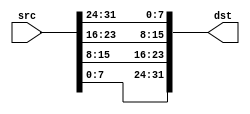
module swap_endian #(
  parameter UNIT_WIDTH = 8,
  parameter UNIT_COUNT = 4
  ) (
    input wire [(UNIT_WIDTH*UNIT_COUNT)-1:0] src,
    output reg [(UNIT_WIDTH*UNIT_COUNT)-1:0] dst
  );

 integer i;
  always @* begin
    for (i = 0; i < UNIT_COUNT; i = i + 1) begin
      dst[(i * UNIT_WIDTH) +: UNIT_WIDTH] = src[((UNIT_COUNT - i) * UNIT_WIDTH - 1) -: UNIT_WIDTH];
    end
  end

endmodule